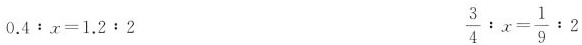
$$0 . 4 : x = 1 . 2 : 2$$ $$\frac { 3 } { 4 } : x = \frac { 1 } { 9 } : 2$$